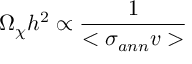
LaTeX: \Omega _ { \chi } h ^ { 2 } \propto \frac { 1 } { < \sigma _ { a n n } v > }